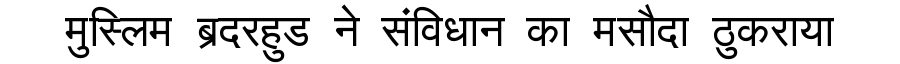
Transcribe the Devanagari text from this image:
मुस्लिम ब्रदरहुड ने संविधान का मसौदा ठुकराया